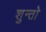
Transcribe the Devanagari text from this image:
शुन्तो